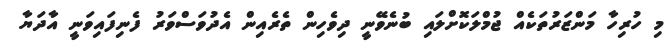
މި ހުރިހާ މަންޒަރުތަކެއް ޖުމްލަކޮށްލައި ބުނެވޭނީ ދިވެހިން ތެރެއިން އެދުވަސްވަރު ފެނިފައިވަނީ އާދަޔާ